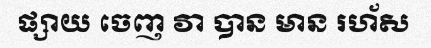
ផ្សាយ ចេញ វា បាន មាន រហ័ស